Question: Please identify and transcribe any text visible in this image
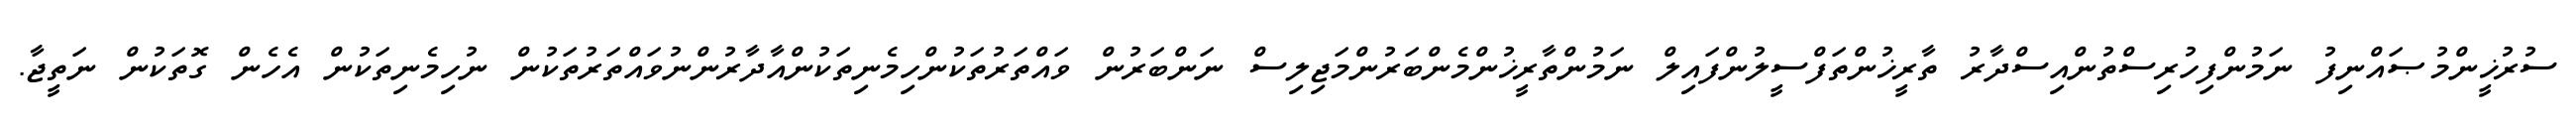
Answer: ސުރުޚީންމުޞައްނިފު ނަމުންފިހުރިސްތުންއިސްދާރު ތާރީޚުންތަފްސީލުންފައިލް ނަމުންތާރީޚުންމެންބަރުންމަޖިލިސް ނަންބަރުން ވައްތަރުތަކުންހިމެނިތަކުންއާދާރުންނުވައްތަރުތަކުން ނުހިމެނިތަކުން އެހެން ގޮތަކުން ނަތީޖާ.